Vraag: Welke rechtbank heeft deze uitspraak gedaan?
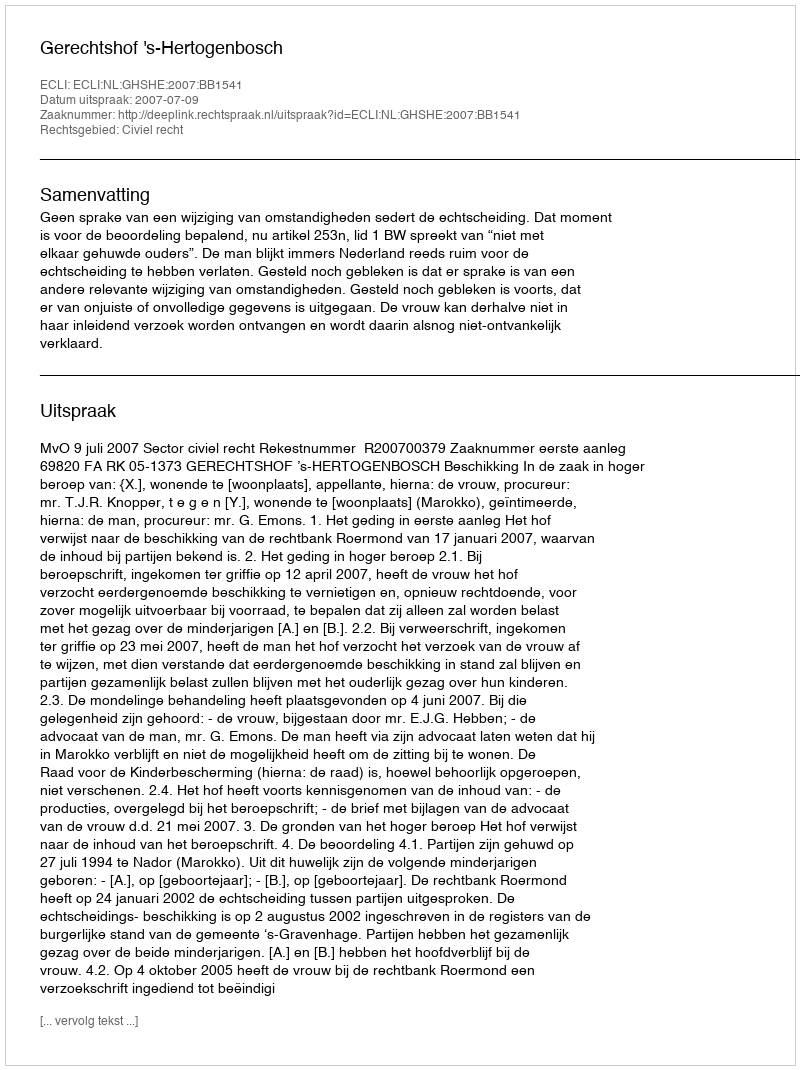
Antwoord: Gerechtshof 's-Hertogenbosch